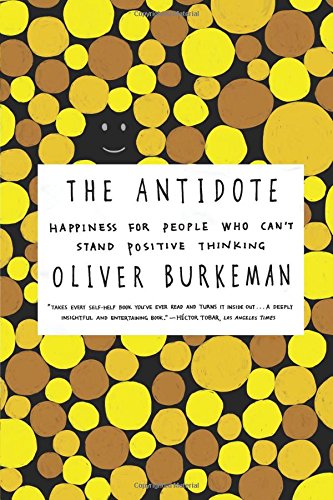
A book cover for The Antidote: Happiness for People Who Can't Stand Positive Thinking; Oliver Burkeman; Health, Fitness & Dieting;